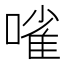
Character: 𠻘